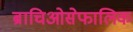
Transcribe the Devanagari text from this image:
ब्राचिओसेफालिक